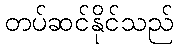
တပ်ဆင်နိုင်သည်